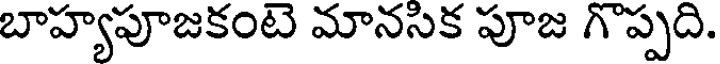
బాహ్యపూజకంటె మానసిక పూజ గొప్పది.